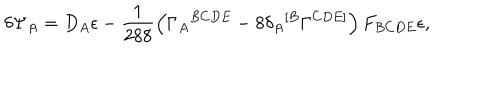
\delta \Psi _ { A } = D _ { A } \epsilon - \frac { 1 } { 2 8 8 } \left( \Gamma _ { A } { } ^ { B C D E } - 8 \delta _ { A } { } ^ { [ B } \Gamma ^ { C D E ] } \right) F _ { B C D E } \epsilon ,